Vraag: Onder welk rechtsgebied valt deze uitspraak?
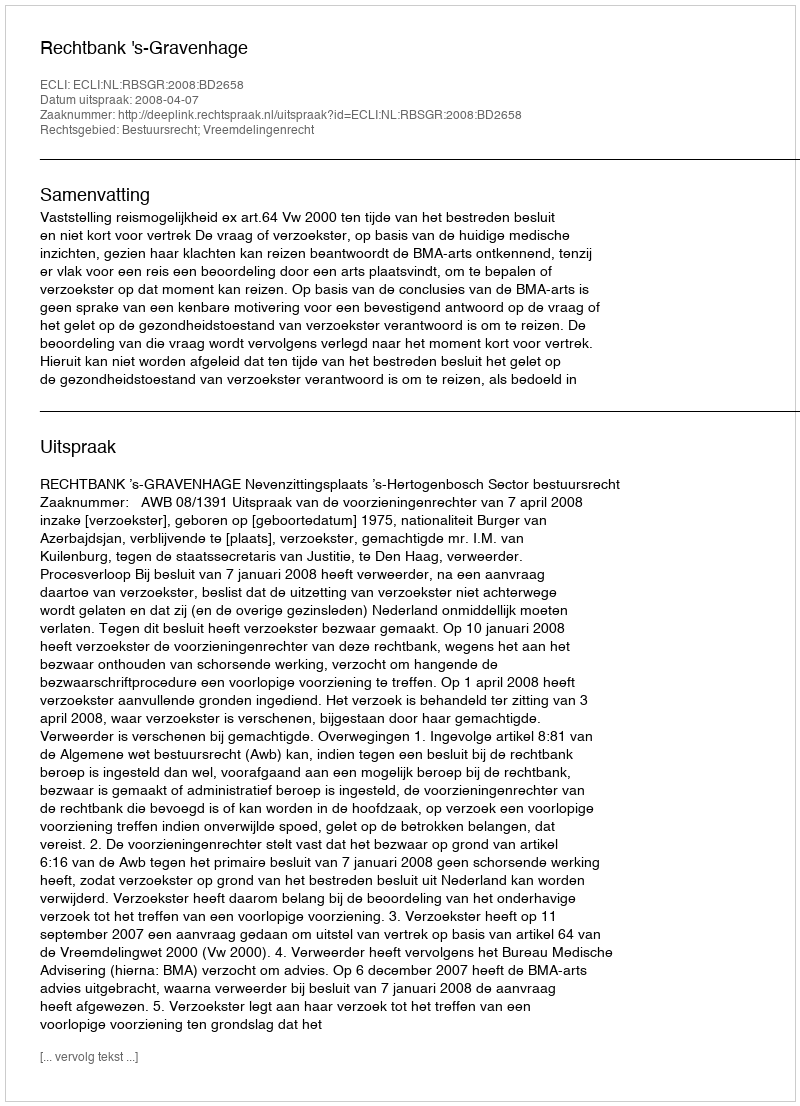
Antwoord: Bestuursrecht; Vreemdelingenrecht